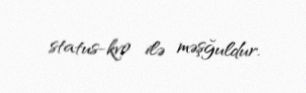
status-kvo ilə məşğuldur.